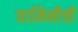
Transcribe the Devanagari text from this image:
यामिनीची